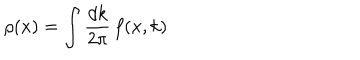
LaTeX: \rho ( x ) = \int \frac { d k } { 2 \pi } \, f ( x , k )